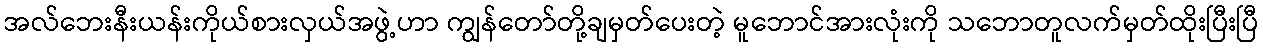
အလ်ဘေးနီးယန်းကိုယ်စားလှယ်အဖွဲ့ဟာ ကျွန်တော်တို့ချမှတ်ပေးတဲ့ မူဘောင်အားလုံးကို သဘောတူလက်မှတ်ထိုးပြီးပြီ